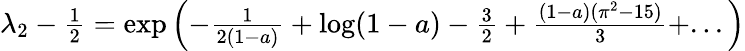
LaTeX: \begin{array}{r}{\lambda_{2}-\frac{1}{2}=\exp\left(-\frac{1}{2(1-a)}+\log(1-a)-\frac{3}{2}+\frac{(1-a)(\pi^{2}-15)}{3}+...\right)}\end{array}